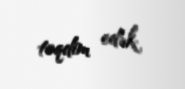
təqdim edək.